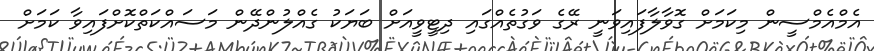
އެމްއެމްސީން މިކަމަށް ގޮވާލާފައިވަނީ ރޭގެ ވަގުތެއްގައި ދިޓީވީއަށް ބަޔަކު ގެއްލުންދޭން މަސައްކަތްކޮށްފައިވާ ކަމަށް